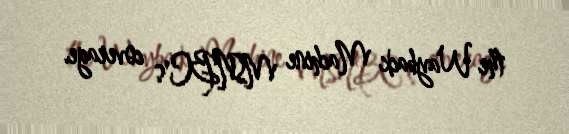
the Wayback Machine MSNBC's coverage.